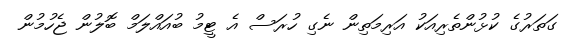
ގަތަރުގެ ކުޅުންތެރިއަކު އަރިމަތިން ނެގި ހުރަސް އެ ޓީމު ބުއަައްލަމް ބޮލުން ޖެހުމުން